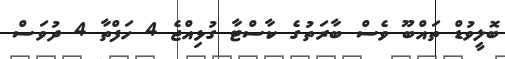
ބޮލީވުޑް ތައްބޫ ވެސް ބާރަތުގެ ކާސްޓާ ގުޅިއްޖެ 4 ހަފްތާ 4 ދުވަސް